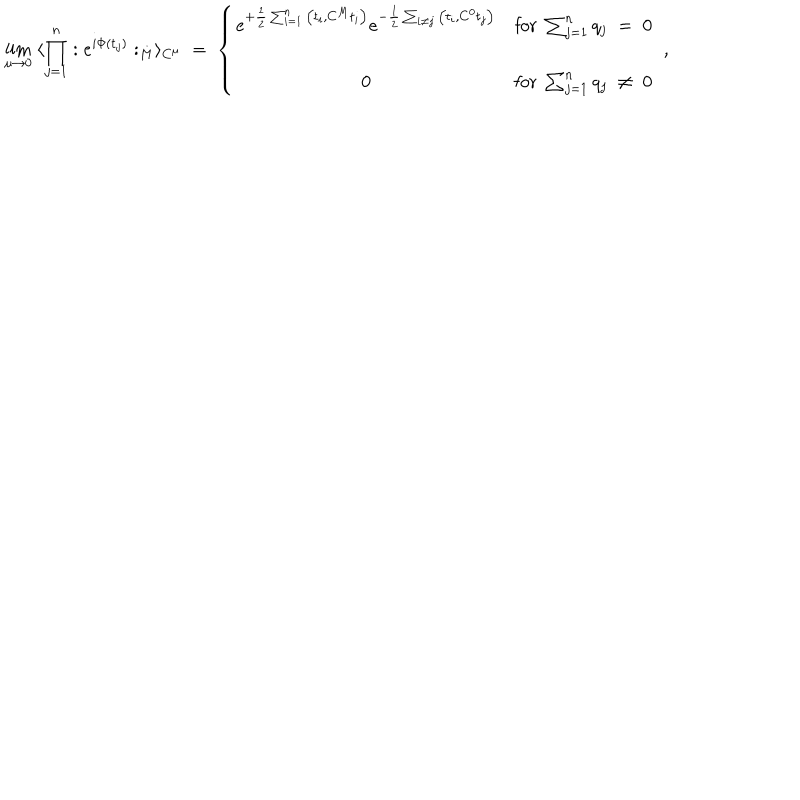
LaTeX: \lim _ { \mu \rightarrow 0 } \; \langle \prod _ { j = 1 } ^ { n } : e ^ { i \Phi ( t _ { j } ) } : _ { M } \rangle _ { C ^ { \mu } } \; = \; \left\{ \begin{array} { c c } { { e ^ { + \frac { 1 } { 2 } \sum _ { i = 1 } ^ { n } \big ( t _ { i } , C ^ { M } t _ { i } \big ) } e ^ { - \frac { 1 } { 2 } \sum _ { i \neq j } \big ( t _ { i } , C ^ { 0 } t _ { j } \big ) } } } & { { \mathrm { f o r } \; \sum _ { j = 1 } ^ { n } q _ { j } \; = \; 0 } } \\ { { \; } } & { { \; } } \\ { { 0 } } & { { \mathrm { f o r } \; \sum _ { j = 1 } ^ { n } q _ { j } \; \neq \; 0 } } \\ \end{array} \right. \; ,